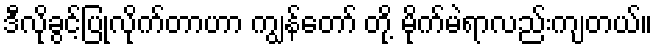
ဒီလိုခွင့်ပြုလိုက်တာဟာ ကျွန်တော် တို့ မိုက်မဲရာလည်းကျတယ်။